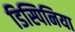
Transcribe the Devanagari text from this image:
डिस्पिनिया